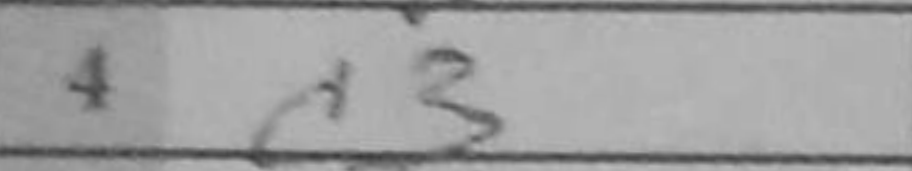
Transcription: c3